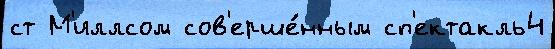
ст М'иллсом сов'ерше́нным сп'ектакль4